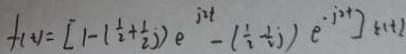
f ( t ) = [ 1 - ( \frac { 1 } { 2 } + \frac { 1 } { 2 } ) e ^ { j i t } - ( \frac { 1 } { 2 } - \frac { 1 } { 2 } j ) e ^ { - j i t } ] \epsilon ( t )